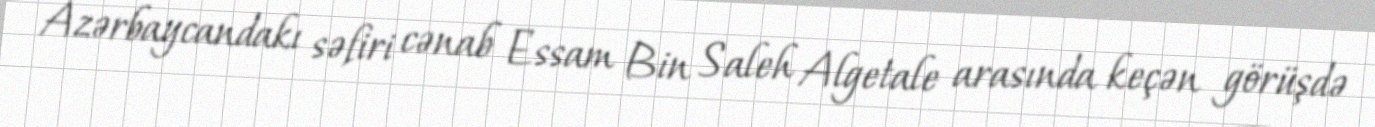
Azərbaycandakı səfiri cənab Essam Bin Saleh Algetale arasında keçən görüşdə